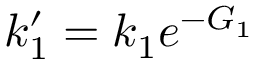
k _ { 1 } ^ { \prime } = k _ { 1 } e ^ { - G _ { 1 } }